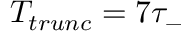
T _ { t r u n c } = 7 \tau _ { - }